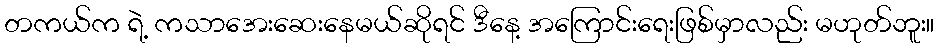
တကယ်က ရဲ့ ကသာအေးဆေးနေမယ်ဆိုရင် ဒီနေ့ အကြောင်းရေးဖြစ်မှာလည်း မဟုတ်ဘူး။